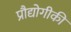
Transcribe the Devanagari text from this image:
प्रौद्योगीकी